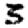
Digit: 3